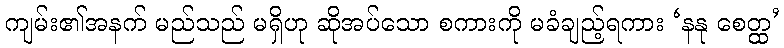
ကျမ်း၏အနက် မည်သည် မရှိဟု ဆိုအပ်သော စကားကို မခံချည့်ရကား ‘နနု စေတ္ထ’